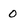
Character: O